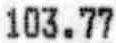
103.77